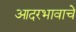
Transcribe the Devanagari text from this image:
आदरभावाचे